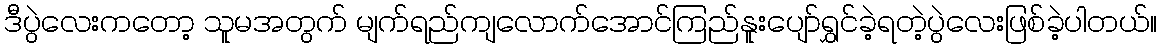
ဒီပွဲလေးကတော့ သူမအတွက် မျက်ရည်ကျလောက်အောင်ကြည်နူးပျော်ရွှင်ခဲ့ရတဲ့ပွဲလေးဖြစ်ခဲ့ပါတယ်။